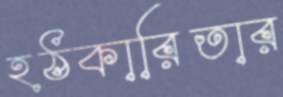
হঠকারিতার